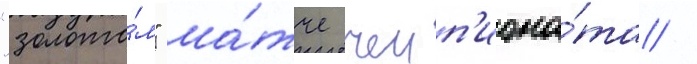
"золото́м" ма́тче чемп'иона́та /